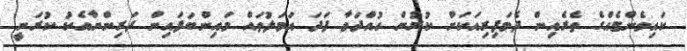
ކައިވެންޏެއްގެ ތެރެއިން ދެމަފިރިއަކަށް ކުރުން ހުއްދަވާ ފަދަ އަމަލުތައް މައިންބަފައިން ދަރިންނާއެކު ކުރަނީ